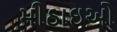
મીઠાઇઓ